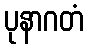
ပုနာဂတံ